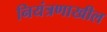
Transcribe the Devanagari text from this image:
नियंत्रणाखील